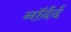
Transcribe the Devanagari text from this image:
नॉर्दर्द